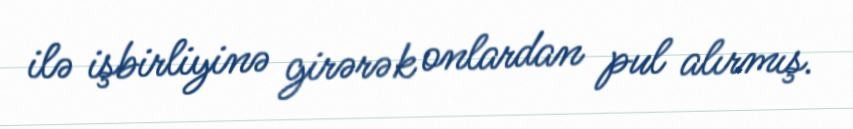
ilə işbirliyinə girərək onlardan pul alırmış.